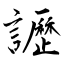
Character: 讈